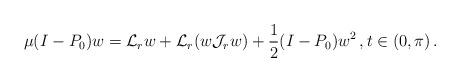
LaTeX: \begin{align*}\mu (I - P_0) w = \mathcal L_r w + \mathcal L_r ( w \mathcal J_r w ) + \frac 12 (I -P_0) w^2 \, , t \in (0, \pi) \, . \end{align*}